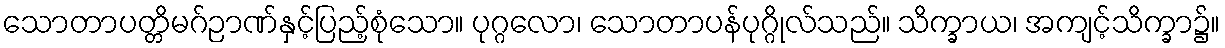
သောတာပတ္တိမဂ်ဉာဏ်နှင့်ပြည့်စုံသော။ ပုဂ္ဂလော၊ သောတာပန်ပုဂ္ဂိုလ်သည်။ သိက္ခာယ၊ အကျင့်သိက္ခာ၌။